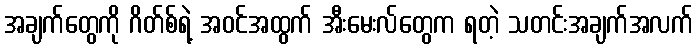
အချက်တွေကို ဂိတ်စ်ရဲ့ အဝင်အထွက် အီးမေးလ်တွေက ရတဲ့ သတင်းအချက်အလက်